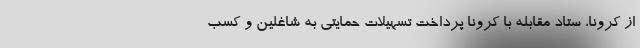
از کرونا، ستاد مقابله با کرونا پرداخت تسهیلات حمایتی به شاغلین و کسب